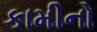
કામીનો